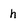
Character: h